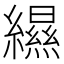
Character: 𦆴